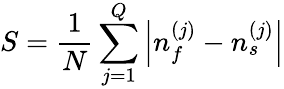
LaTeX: S=\frac{1}{N}\sum_{j=1}^{Q}\left|{n_{f}^{(j)}-n_{s}^{(j)}}\right|